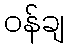
ဝန်ချ